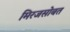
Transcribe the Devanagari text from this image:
मिरजसोबत